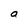
Character: a